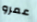
عمرو